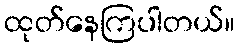
ထုတ်နေကြပါတယ်။